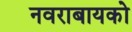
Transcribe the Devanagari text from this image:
नवराबायको